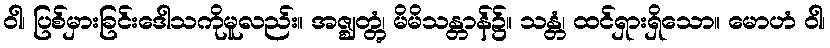
ဝါ၊ ပြစ်မှားခြင်းဒေါသကိုမူလည်း။ အဇ္ဈတ္တွံ၊ မိမိသန္တာန်၌။ သန္တံ၊ ထင်ရှားရှိသော။ မောဟံ ဝါ၊